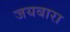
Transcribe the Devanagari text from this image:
जयबारा